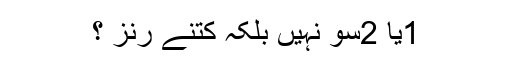
1یا 2سو نہیں بلکہ کتنے رنز ؟